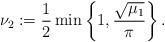
LaTeX: \begin{align*}\nu_{2}:=\frac{1}{2}\min\left\{1,\frac{\sqrt{\mu_{1}}}{\pi}\right\}.\end{align*}